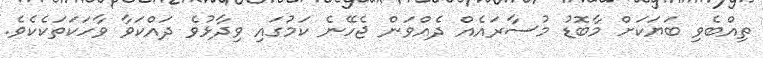
ތިއްބެވި ބަޔަކަށް މާބޮޑު މުސާރައެއް ދެއްވަން ޖެހޭނެ ކަމުގައި ވިދާޅުވެ ދައްކަވާ ވާހަކަތަކެކެވެ.